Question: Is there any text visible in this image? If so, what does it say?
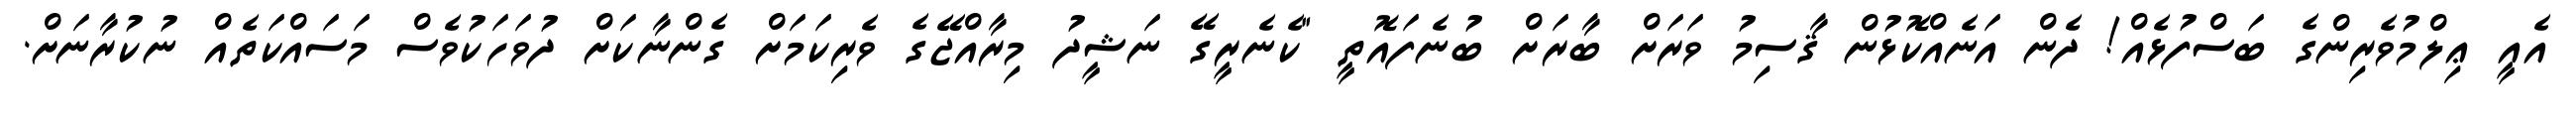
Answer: އެއީ ޢިލްމުވެރިންގެ ބަސްފުޅެއް! ދެން އަނެއްކޮޅުން ޤާސިމު ވަރަށް ބާރަށް ބުނެފައޮތީ "ކެނެރީގޭ ނަޝީދު މިރާއްޖޭގެ ވެރިކަމަށް ގެންނާކަށް ދުވަހަކުވެސް މަސައްކަތެއް ނުކުރާނަށް.